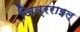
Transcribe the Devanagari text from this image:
जिब्रराइल्